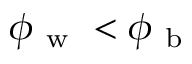
\phi _ { \mathrm { ~ w ~ } } < \phi _ { \mathrm { ~ b ~ } }